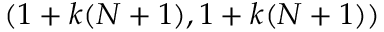
( 1 + k ( N + 1 ) , 1 + k ( N + 1 ) )